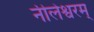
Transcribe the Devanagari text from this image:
नीलेश्वरम्